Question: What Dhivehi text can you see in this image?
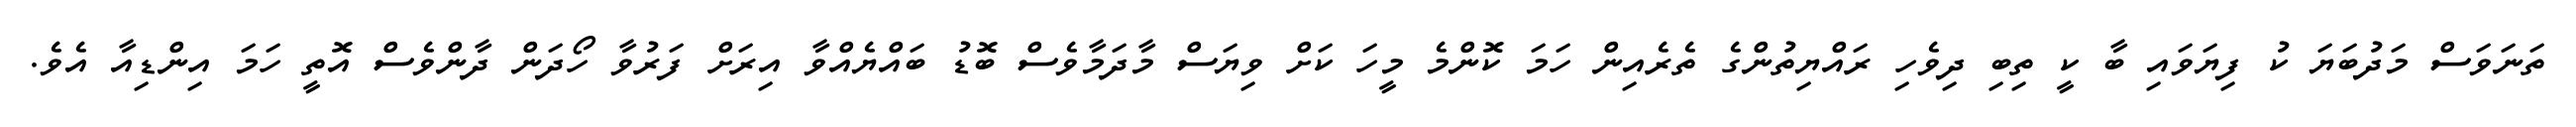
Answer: ތަނަވަސް މަދުބަޔަ ކު ފިޔަވައި ބާ ކީ ތިބި ދިވެހި ރައްޔިތުންގެ ތެރެއިން ހަމަ ކޮންމެ މީހަ ކަށް ވިޔަސް މާދަމާވެސް ބޮޑު ބައްޔެއްވާ އިރަށް ފަރުވާ ހޯދަން ދާންވެސް އޮތީ ހަމަ އިންޑިއާ އެވެ.